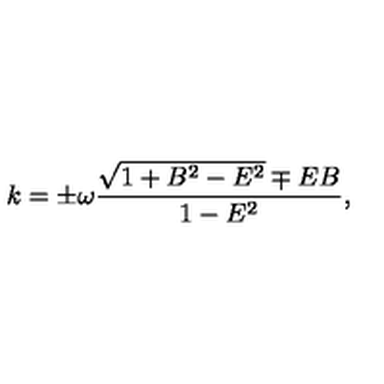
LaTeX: k = \pm \omega \frac { \sqrt { 1 + B ^ { 2 } - E ^ { 2 } } \mp E B } { 1 - E ^ { 2 } } ,